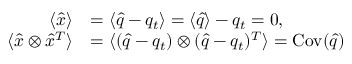
\begin{array} { r l } { \langle \hat { x } \rangle } & { = \langle \hat { q } - q _ { t } \rangle = \langle \hat { q } \rangle - q _ { t } = 0 , } \\ { \langle \hat { x } \otimes \hat { x } ^ { T } \rangle } & { = \langle ( \hat { q } - q _ { t } ) \otimes ( \hat { q } - q _ { t } ) ^ { T } \rangle = \operatorname { C o v } ( \hat { q } ) } \end{array}